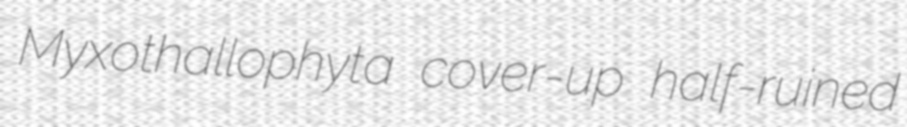
Myxothallophyta cover-up half-ruined